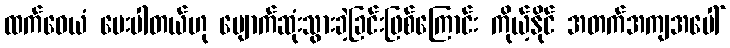
ထက်ဝေယံ ပေးပါတယ်ဟု ပျောက်ဆုံးသွားခဲ့ခြင်းဖြစ်ကြောင်း ကိုယ့်နိုင် အတက်အကျအပေါ်